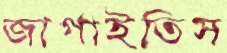
জাগাইতিস